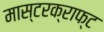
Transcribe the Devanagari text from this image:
मास्टरक्राफ्ट